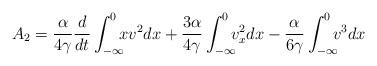
LaTeX: \begin{align*}A_2=\frac{\alpha}{4\gamma}\frac{d}{dt}\int_{-\infty}^0\!\!\!xv^2dx +\frac{3\alpha}{4\gamma}\int_{-\infty}^0\!\!\!v_x^2dx-\frac{\alpha}{6\gamma}\int_{-\infty}^0\!\!\!v^3dx\end{align*}